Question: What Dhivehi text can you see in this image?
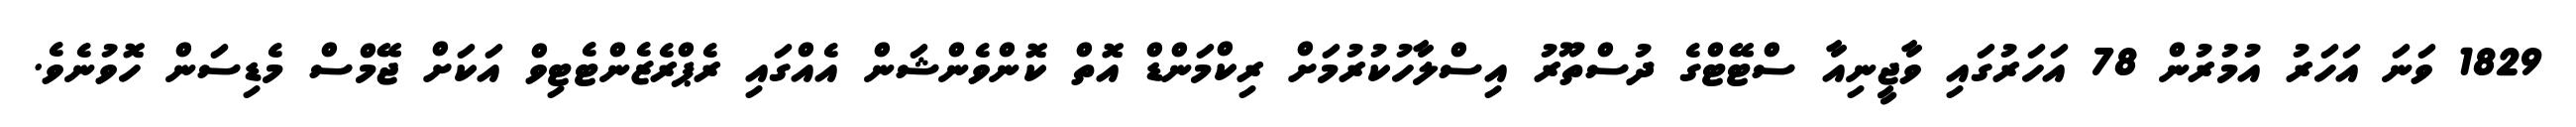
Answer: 1829 ވަނަ އަހަރު އުމުރުން 78 އަހަރުގައި ވާޖީނިއާ ސްޓޭޓްގެ ދުސްތޫރު އިސްލާހުކުރުމަށް ރިކްމަންޑް އޮތް ކޮންވެންޝަން އެއްގައި ރެޕްރެޒެންޓެޓިވް އަކަށް ޖޭމްސް މެޑިސަން ހޮވުނެވެ.